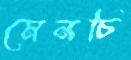
মেনচি